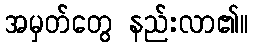
အမှတ်တွေ နည်းလာ၏။